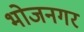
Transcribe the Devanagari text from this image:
भोजनगर